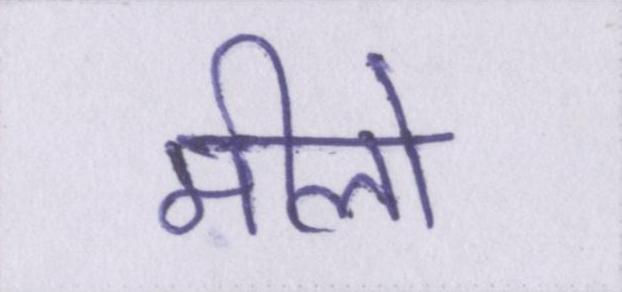
मीलों